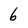
Character: 6